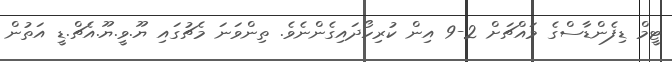
ޓީމް ޑިފެންޑާސްގެ މައްޗަށް 2-9 އިން ކުރިހޯދައިގެންނެވެ. ތިންވަނަ މެޗުގައި ޔޫ.ވީ.ޔޫ.އެޗް.ޑީ އަތުން